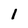
Character: 1